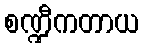
စဏ္ဍီကတာယ